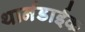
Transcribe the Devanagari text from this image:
थार्नडाईक